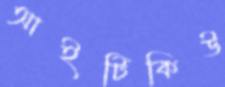
আইটিকিউ